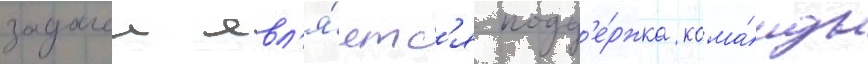
задачеи явл'я́етс'я подд'е́ржка кома́нды